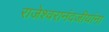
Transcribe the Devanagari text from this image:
राजेश्वरानंदजीयांना